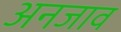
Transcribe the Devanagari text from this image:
अनजाव